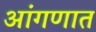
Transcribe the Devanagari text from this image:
आंगणात